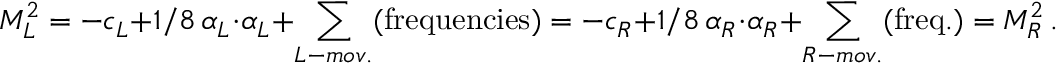
M _ { L } ^ { 2 } = - c _ { L } + 1 / 8 \, \alpha _ { L } \cdot \alpha _ { L } + \sum _ { L - m o v . } ( \mathrm { f r e q u e n c i e s } ) = - c _ { R } + 1 / 8 \, \alpha _ { R } \cdot \alpha _ { R } + \sum _ { R - m o v . } ( \mathrm { f r e q . } ) = M _ { R } ^ { 2 } \, .